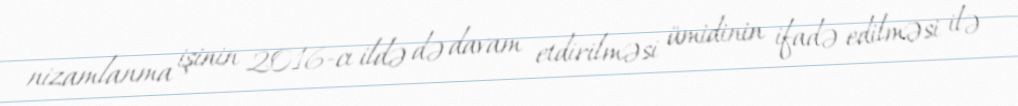
nizamlanma işinin 2016-cı ildə də davam etdirilməsi ümidinin ifadə edilməsi ilə